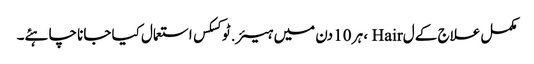
مکمل علاج کے ل Hair ، ہر 10 دن میں ہیئر.ٹوکسکس استعمال کیا جانا چاہئے۔